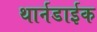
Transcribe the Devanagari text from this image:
थार्नडाईक